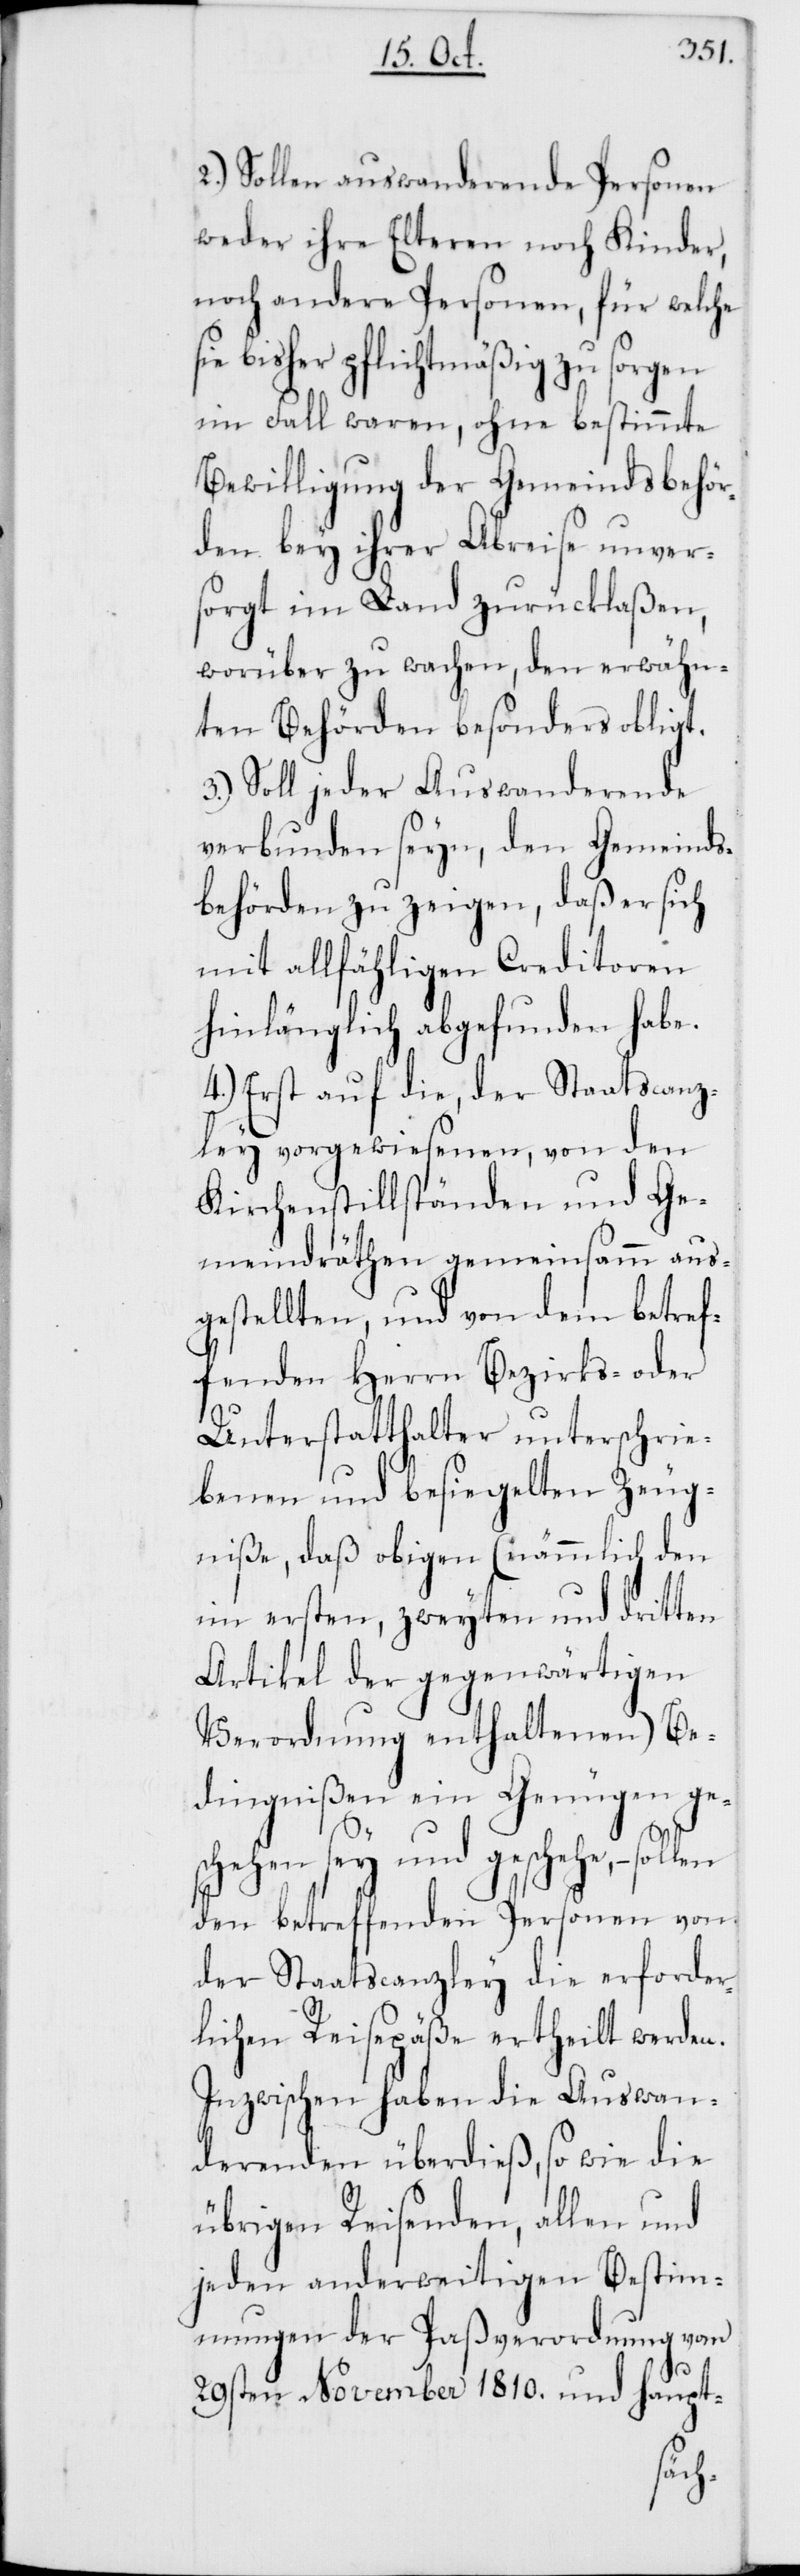
2.) Sollen auswandernde Personen
weder ihre Elteren noch Kinder,
noch andere Personen, für welche
sie bisher pflichtmäßig zu sorgen
im Fall waren, ohne bestimmte
Bewilligung der Gemeindsbehör¬
den bey ihrer Abreise unver¬
sorgt im Land zurücklaßen,
worüber zu wachen, den erwähn¬
ten Behörden besonders obligt.
3.) Soll jeder Auswanderende
verbunden seyn, den Gemeinds¬
behörden zu zeigen, daß er sich
mit allfähligen Creditoren
hinlänglich abgefunden habe.
4.) Erst auf die, der Staatscanz¬
ley vorgewiesenen, von den
Kirchenstillständen und Ge¬
meindräthen gemeinsamm aus¬
gestellten, und von dem betref¬
fenden Herrn Bezirks- oder
Unterstatthalter unterschrie¬
benen und besiegelten Zeug¬
niße, daß obigen (nämmlich den
im ersten, zweyten und dritten
Artikel der gegenwärtigen
Verordnung enthaltenen) Be¬
dingnißen ein Genügen ge¬
schehen sey und geschehe,
den betreffenden Personen von
der Staatscanzley die erforder¬
lichen Reisepäße ertheilt werden.
Inzwischen haben die Auswan¬
derenden überdies, so wie die
übrigen Reisenden, allen und
jeden anderweitigen Bestim¬
mungen der Paßverordnung vom
29sten November 1810. und haupt-